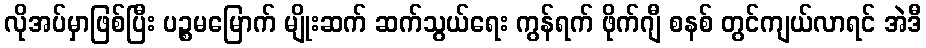
လိုအပ်မှာဖြစ်ပြီး ပဉ္စမမြောက် မျိုးဆက် ဆက်သွယ်ရေး ကွန်ရက် ဖိုက်ဂျီ စနစ် တွင်ကျယ်လာရင် အဲဒီ